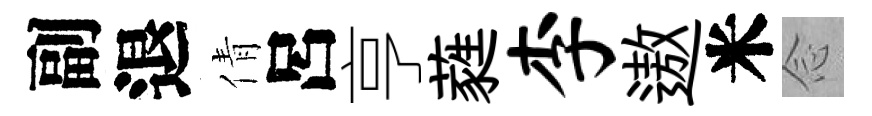
副退倩呂亨蕤李遨米𫝹